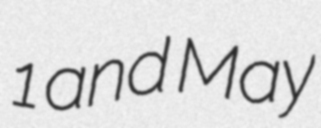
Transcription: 1 and May